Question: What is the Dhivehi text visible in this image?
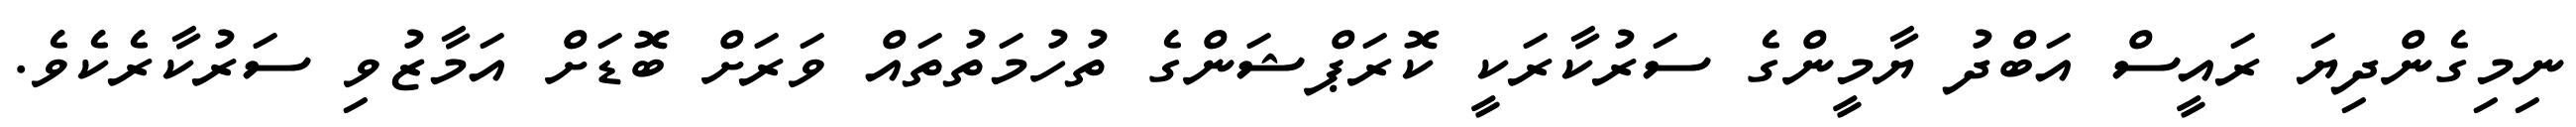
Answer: ނިމިގެންދިޔަ ރައީސް އަބްދު ޔާމީންގެ ސަރުކާރަކީ ކޮރަޕްޝަންގެ ތުހުމަތުތައް ވަރަށް ބޮޑަށް އަމާޒުވި ސަރުކާރެކެވެ.